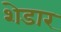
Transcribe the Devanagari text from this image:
शेडार